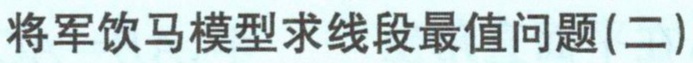
将军饮马模型求线段最值问题(二)